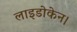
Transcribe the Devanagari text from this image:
लाइडोकेन।